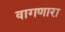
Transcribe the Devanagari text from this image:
वागणारा